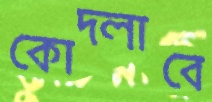
কোদ্‌লাবে